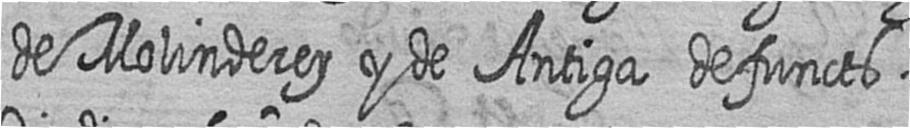
de Molinderey y de Antiga defuncts